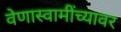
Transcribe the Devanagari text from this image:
वेणास्वामींच्यावर